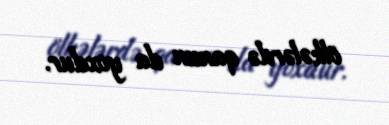
ölkələrdə qanun da yoxdur.